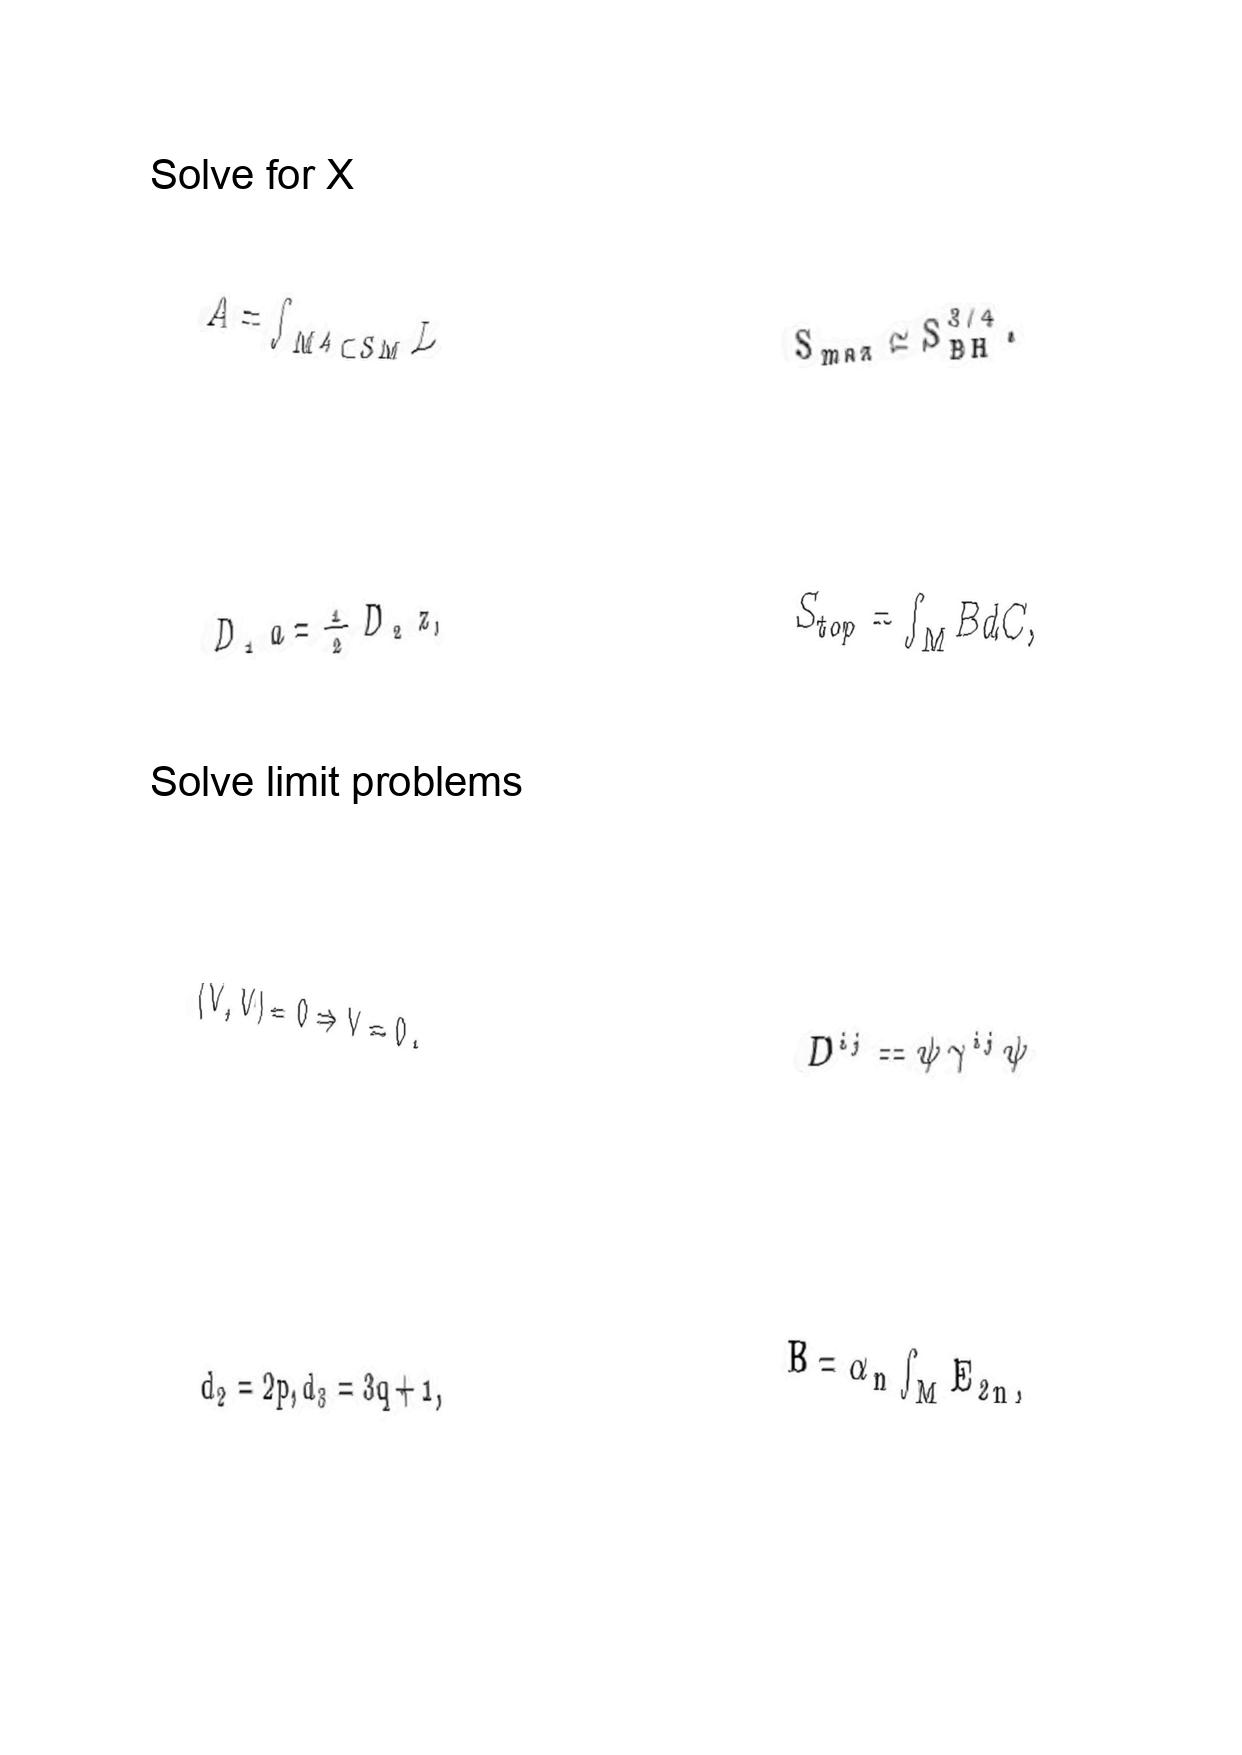
LaTeX transcription:
A = \int _ { M ^ { 4 } \subset S M } L
D _ { 1 } a = \frac { 1 } { 2 } D _ { 2 } z ,
\langle V , V \rangle = 0 \Rightarrow V = 0 .
d _ { 2 } = 2 p , d _ { 3 } = 3 q + 1 ,
S _ { m a x } \simeq S _ { B H } ^ { 3 / 4 } .
S _ { t o p } = \int _ { M } B d C ,
D ^ { i j } = \psi \gamma ^ { i j } \psi
B = \alpha _ { n } \int _ { M } E _ { 2 n } ,